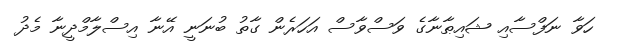
ހަވާ ނަފްސާއި ޝައިޠާނާގެ ވަސްވާސް އަހަރެން ގާތު ބުނަނީ އޭނާ އިސްލާމްދީނާ މެދު